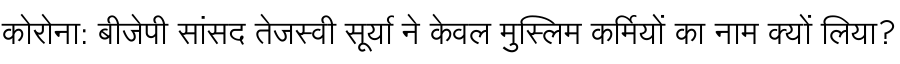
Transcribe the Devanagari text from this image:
कोरोना: बीजेपी सांसद तेजस्वी सूर्या ने केवल मुस्लिम कर्मियों का नाम क्यों लिया?